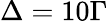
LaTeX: \Delta=10\Gamma